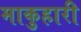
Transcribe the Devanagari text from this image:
माकुहारी